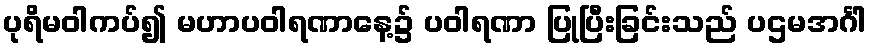
ပုရိမဝါကပ်၍ မဟာပဝါရဏာနေ့၌ ပဝါရဏာ ပြုပြီးခြင်းသည် ပဌမအင်္ဂါ